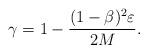
LaTeX: \begin{align*}\gamma = 1 - \frac{(1-\beta)^2\varepsilon}{2M}.\end{align*}